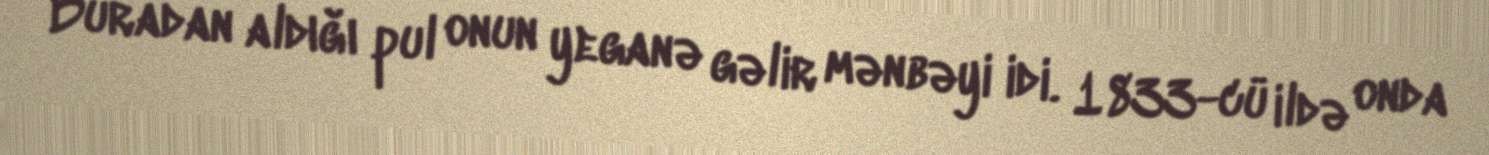
Buradan aldığı pul onun yeganə gəlir mənbəyi idi. 1833-cü ildə onda